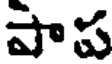
పాప